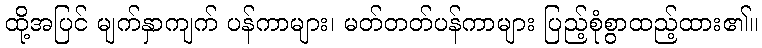
ထို့အပြင် မျက်နှာကျက် ပန်ကာများ၊ မတ်တတ်ပန်ကာများ ပြည့်စုံစွာထည့်ထား၏။